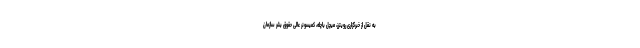
به نقل از خبرگزاری رویترز، میچل باچله، کمیسونر عالی حقوق بشر سازمان